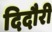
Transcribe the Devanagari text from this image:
दिदौरी